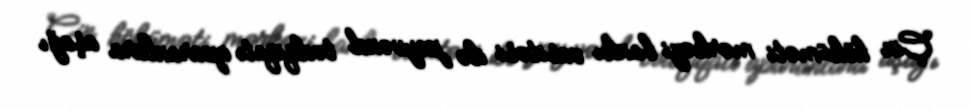
Çin höküməti mərkəzi bankı vasitəsi ilə peyvənd tədqiqatı aparanlara aşağı